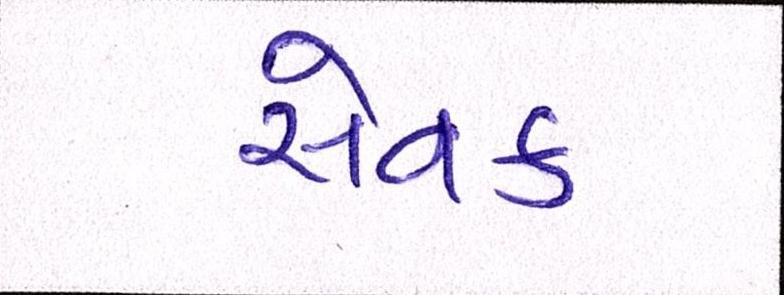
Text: સેવક